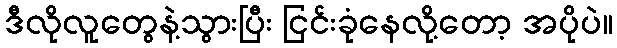
ဒီလိုလူတွေနဲ့သွားပြီး ငြင်းခုံနေလို့တော့ အပိုပဲ။